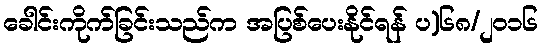
ခေါင်းကိုက်ခြင်းသည်က အပြစ်ပေးနိုင်ရန် ပ)၆၈/၂၀၁၆